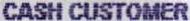
CASH CUSTOMER